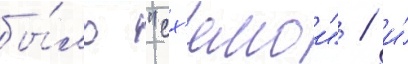
бы́ло "сх'емои" / и́